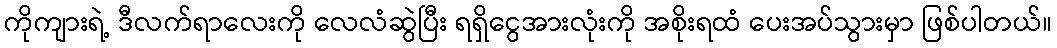
ကိုကျားရဲ့ ဒီလက်ရာလေးကို လေလံဆွဲပြီး ရရှိငွေအားလုံးကို အစိုးရထံ ပေးအပ်သွားမှာ ဖြစ်ပါတယ်။